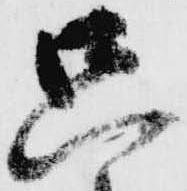
只